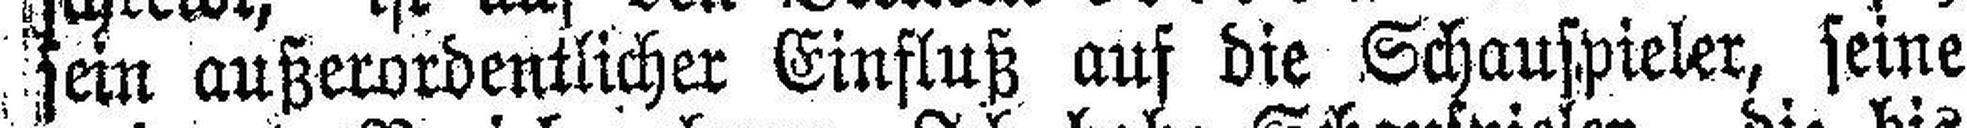
sein außerordentlicher Einfluß auf die Schauspieler, seine